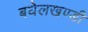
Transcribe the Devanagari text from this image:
बघेलखण्डी